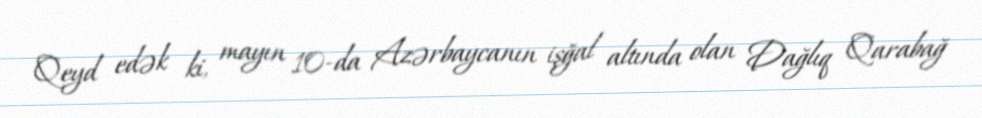
Qeyd edək ki, mayın 10-da Azərbaycanın işğal altında olan Dağlıq Qarabağ